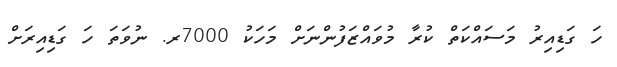
ހަ ގަޑިއިރު މަސައްކަތް ކުރާ މުވައްޒަފުންނަށް މަހަކު 7000ރ. ނުވަތަ ހަ ގަޑިއިރަށް